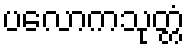
ပလောကသုတ္တံ